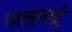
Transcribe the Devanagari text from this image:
जसमाई